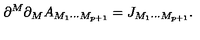
\partial ^ { M } \partial _ { M } A _ { M _ { 1 } \cdots M _ { p + 1 } } = J _ { M _ { 1 } \cdots M _ { p + 1 } } .